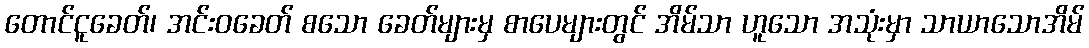
တောင်ငူခေတ်၊ အင်းဝခေတ် စသော ခေတ်များမှ စာပေများတွင် အိမ်သာ ဟူသော အသုံးမှာ သာယာသောအိမ်